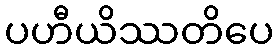
ပဟီယိဿတိပေ